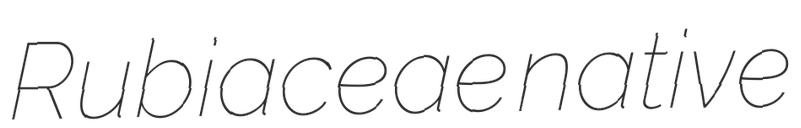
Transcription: Rubiaceae native